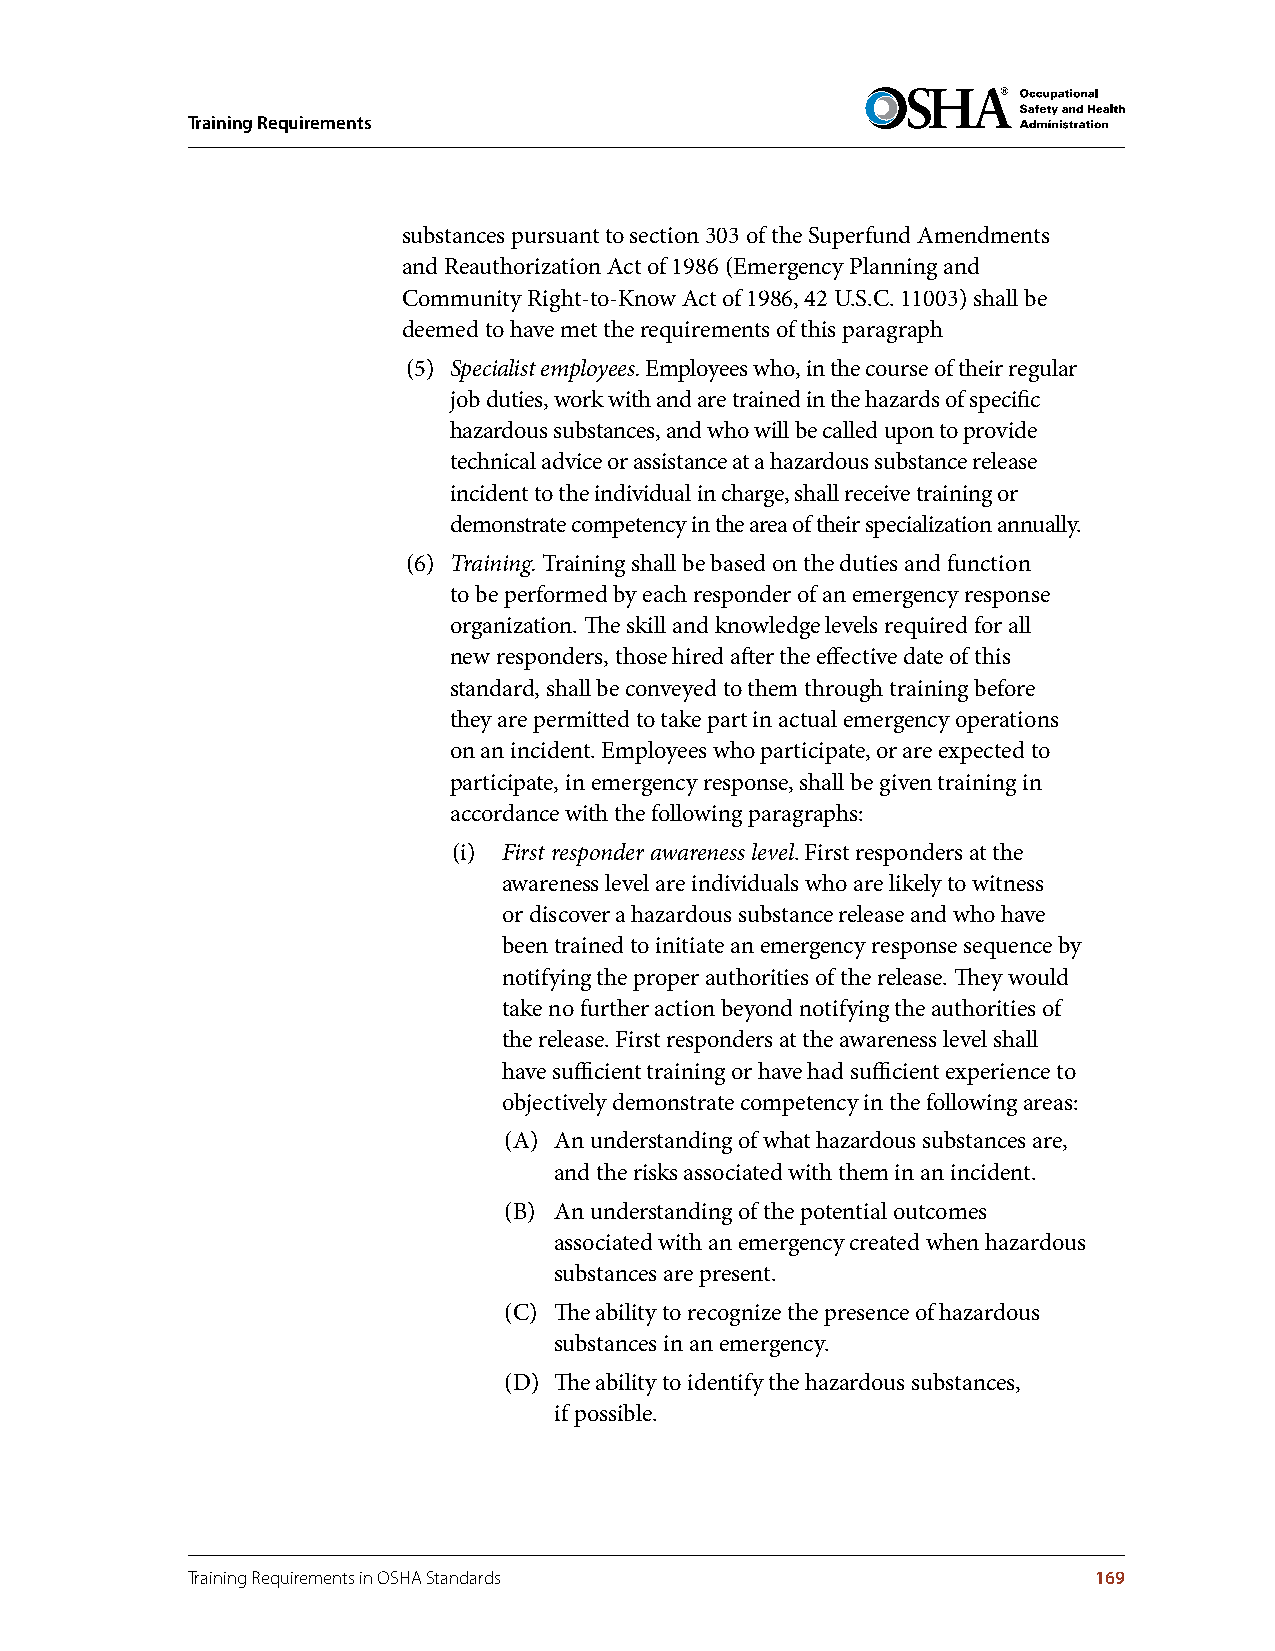
Training Requirements
 substances pursuant to section 303 of the Superfund Amendments
 and Reauthorization Act of 1986 (Emergency Planning and
 Community Right-to-Know Act of 1986, 42 U.S.C. 11003) shall be
 deemed to have met the requirements of this paragraph
 (5) Specialist employees. Employees who, in the course of their regular
 job duties, work with and are trained in the hazards of specific
 hazardous substances, and who will be called upon to provide
 technical advice or assistance at a hazardous substance release
 incident to the individual in charge, shall receive training or
 demonstrate competency in the area of their specialization annually.
 (6) Training. Training shall be based on the duties and function
 to be performed by each responder of an emergency response
 organization. The skill and knowledge levels required for all
 new responders, those hired after the effective date of this
 standard, shall be conveyed to them through training before
 they are permitted to take part in actual emergency operations
 on an incident. Employees who participate, or are expected to
 participate, in emergency response, shall be given training in
 accordance with the following paragraphs:
 (i) First responder awareness level. First responders at the
 awareness level are individuals who are likely to witness
 or discover a hazardous substance release and who have
 been trained to initiate an emergency response sequence by
 notifying the proper authorities of the release. They would
 take no further action beyond notifying the authorities of
 the release. First responders at the awareness level shall
 have sufficient training or have had sufficient experience to
 objectively demonstrate competency in the following areas:
 (A) An understanding of what hazardous substances are,
 and the risks associated with them in an incident.
 (B) An understanding of the potential outcomes
 associated with an emergency created when hazardous
 substances are present.
 (C) The ability to recognize the presence of hazardous
 substances in an emergency.
 (D) The ability to identify the hazardous substances,
 if possible.
 Training Requirements in OSHA Standards                     169